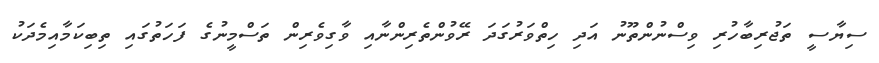
ސިޔާސީ ތަޖުރިބާހުރި ވިސްނުންތޫނު އަދި ހިތްވަރުގަދަ ރޭވުންތެރިންނާއި ވާގިވެރިން ތަސްމީނުގެ ފަހަތުގައި ތިބިކަމާއިމެދަކު